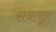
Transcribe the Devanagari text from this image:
सबानूर